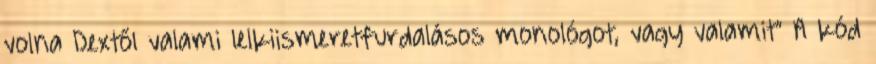
volna Dextől valami lelkiismeretfurdalásos monológot, vagy valamit” A kód